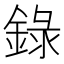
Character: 錄